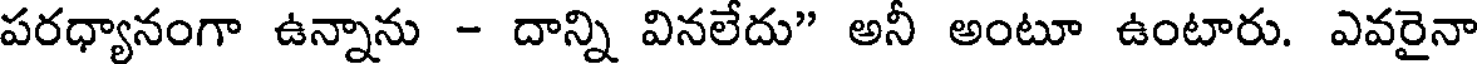
పరధ్యానంగా ఉన్నాను - దాన్ని వినలేదు" అనీ అంటూ ఉంటారు. ఎవరైనా